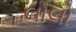
લોલો